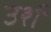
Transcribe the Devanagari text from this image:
उर्श